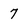
Character: 7